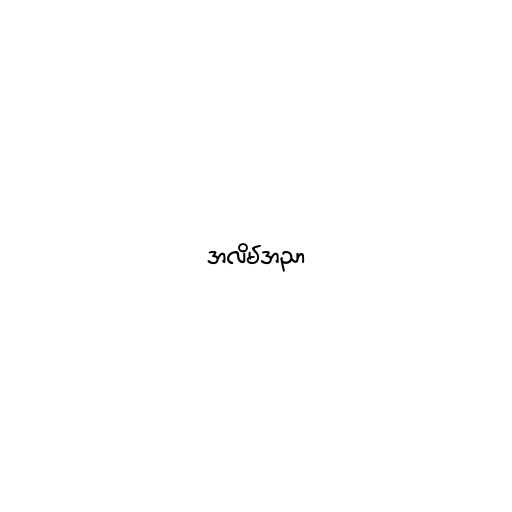
အလိမ်အညာ